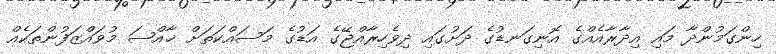
ހިންގަމުންދާ މައި އިދާރާއެއްގެ އޮނިގަނޑުގެ ދަށުގައި ދިވެހިރާއްޖޭގެ އަޑުގެ މަސައްކަތަށް ޚާއްޞަ މުވައްޒަފުންތަކެއް